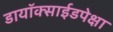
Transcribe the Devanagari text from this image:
डायॉक्साईडपेक्षा